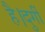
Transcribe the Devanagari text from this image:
है।दुर्गी